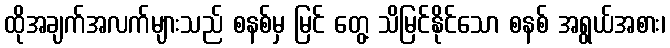
ထိုအချက်အလက်များသည် စနစ်မှ မြင် တွေ့ သိမြင်နိုင်သော စနစ် အရွယ်အစား၊